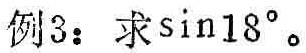
例3：求\(\sin18^{\circ}\)。